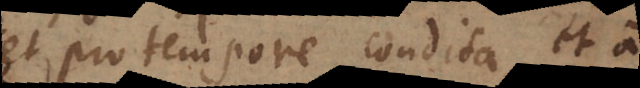
et pro tempore condita, et a